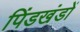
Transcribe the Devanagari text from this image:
पिंडखंडों